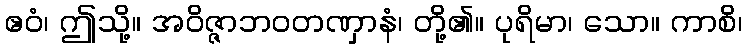
ဧဝံ၊ ဤသို့။ အဝိဇ္ဇာဘဝတဏှာနံ၊ တို့၏။ ပုရိမာ၊ သော။ ကာစိ၊